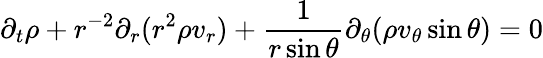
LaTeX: \partial_{t}\rho+r^{-2}\partial_{r}(r^{2}\rho v_{r})+\frac{1}{r\sin\theta}\partial_{\theta}(\rho v_{\theta}\sin\theta)=0